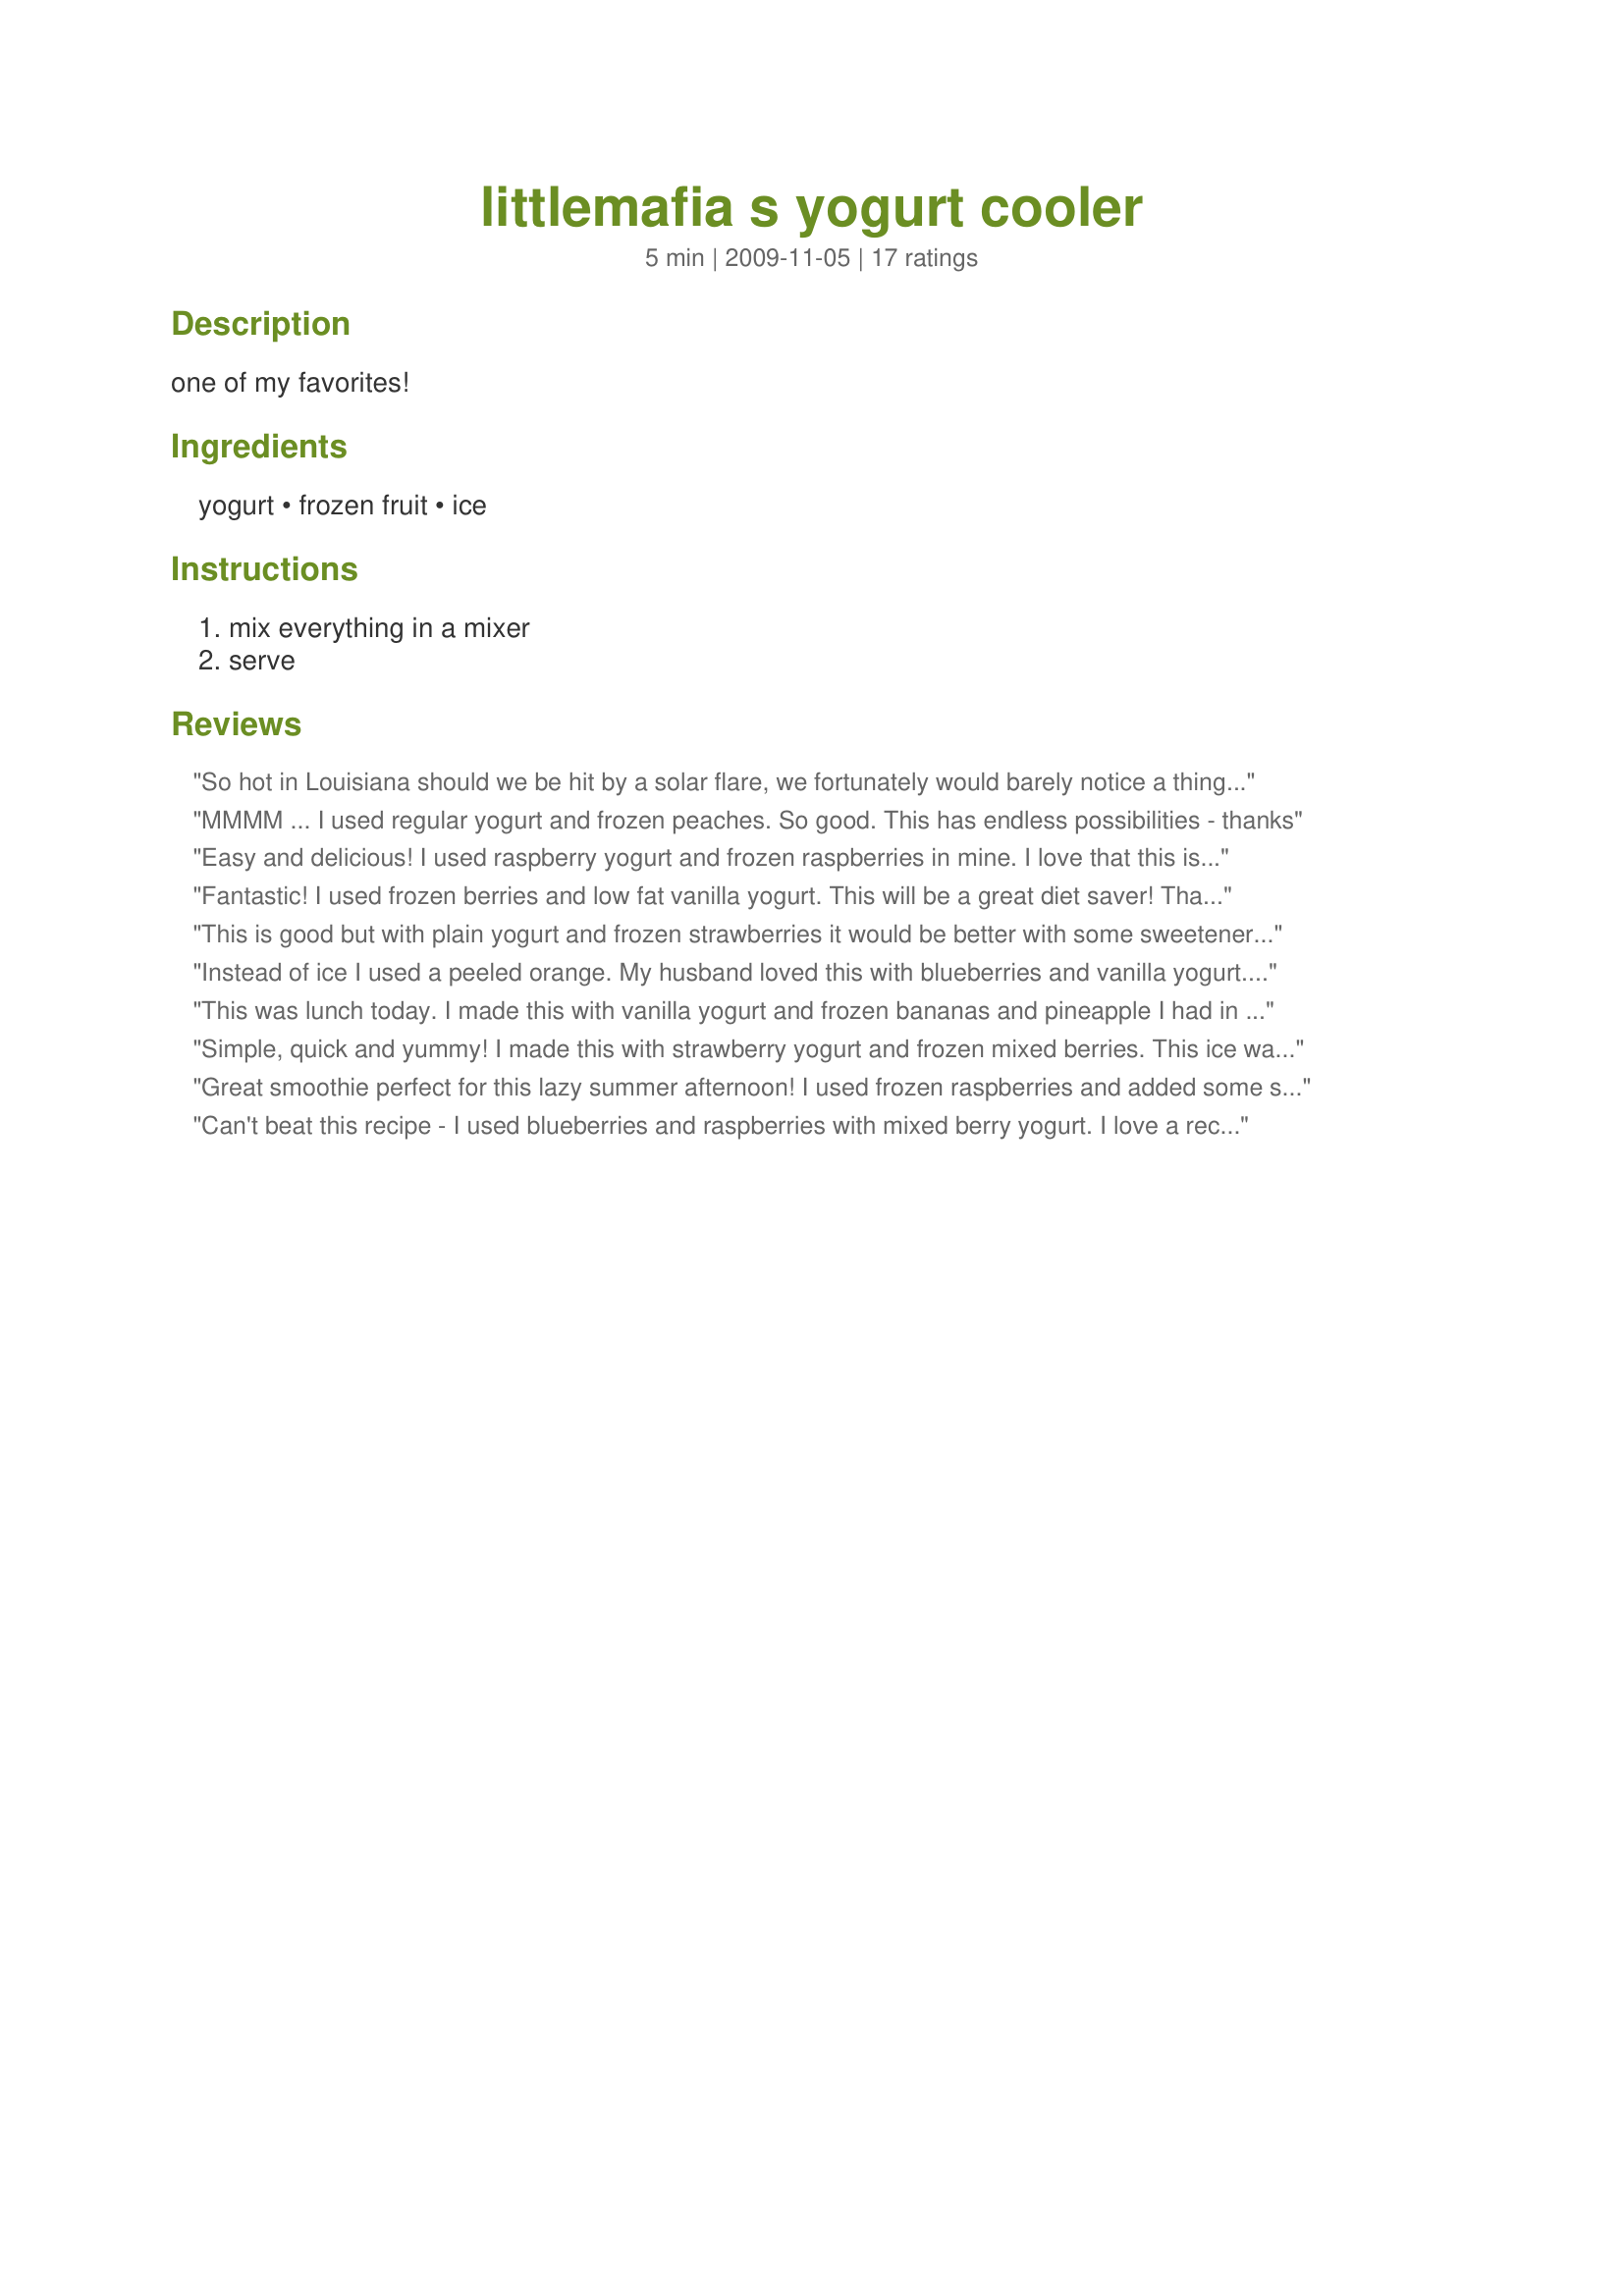
littlemafia s yogurt cooler
Preparation time: 5 minutes

one of my favorites!

Ingredients:
yogurt, frozen fruit, ice

Steps:
mix everything in a mixer, serve

Reviews:
So hot in Louisiana should we be hit by a solar flare, we fortunately would barely notice a thing...blender cooler, shade tree, grandbabes at my feet...maybe later I'll check the news. Made for PRMR.
MMMM ... I used regular yogurt and frozen peaches. So good. This has endless possibilities - thanks
Easy and delicious! I used raspberry yogurt and frozen raspberries in mine. I love that this is a smoothie that you can make depending on what's in the fridge/freezer. Awesome, little! Thanks for posting! Recipenapped for Veggieswap 25.
Fantastic! I used frozen berries and low fat vanilla yogurt. This will be a great diet saver! Thanks for posting!
This is good but with plain yogurt and frozen strawberries it would be better with some sweetener. I did not add the ice out of preference. Made for Family Picks, ZWT6, Scandinavia region, for my team, The Ya Ya Cookerhood.
Instead of ice I used a peeled orange. My husband loved this with blueberries and vanilla yogurt. Definitely making this again. Made for ZWT6 team SSaSSy.
This was lunch today. I made this with vanilla yogurt and frozen bananas and pineapple I had in the freezer. If I closed my eyes, I could almost see the islands....Very good.
Simple, quick and yummy! I made this with strawberry yogurt and frozen mixed berries. This ice was left out. Thanks for a delicious breakfast. Made for Newest Zaar Tag.
Great smoothie perfect for this lazy summer afternoon! I used frozen raspberries and added some splenda for a little bit of sweetness. Thank you littlemafia! Made for ZWT 6 by an Unruly Under the Influence.
Can't beat this recipe - I used blueberries and raspberries with mixed berry yogurt. I love a recipe that's so simple I don't have to print it out!
Yummy cooler!!! I made this as a morning smoothie using frozen strawberries and no-fat vanilla yogurt. Normally I don't add ice, as the frozen fruit works well for that purpose, but did so for this recipe and think I need a better blender lol!!! It definitely did thicken the smoothie up, but with my blender, it didn't crush the ice enough, not the fault of the recipe. I was going out with a friend for brunch, so this filled the bill for me this morning to not eat til brunch. Thanks for sharing your recipe. Made for Holiday Tag.
Great smoothie recipe! I used frozen strawberries, low fat yogurt and 1/2 teaspoon of protein powder plus 4 ice cubes. It turned out beautifully and I especially like that I can't taste the protein powder! Thanks for posting! Made for I Recommend Tag Game.
Very refreshing. I must admit that I added a little splenda to mine, but DW loved it just as is. I used frozen blueberries. Made for ZWT6, Voracious Vagabonds.
This was perfect for the hot summer day we are having here! I used frozen mixed berries and a blueberry yogurt. Thank you so much for sharing, made for ZWT6.
Little, this is my method for preparing smoothies, too. Dump, blend, serve!<br/>I threw in a bunch of fruit: green grapes, watermelon, strawberries, raspberries, blueberries, fresh orange juice. If it's too thick then add a little bit of filtered water. Super easy breakfast meal for the hotter months as well. Thanks for posting. PS we always use Nancy's whole milk yogurt. Reviewed for Veg Tag August.
A quick cool dessert. Made with frozen peaches and fat free peach yogurt. Looking forward to trying other combos. This will be great come this summer when it is hot out. Thanks so much for the post.
I used raspberry yogurt and frozen strawberries. Yum! Thanks! Made for Sweet Traditions game.
